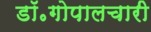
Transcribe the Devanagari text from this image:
डॉ॰गोपालचारी